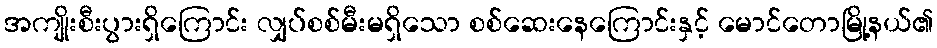
အကျိုးစီးပွားရှိကြောင်း လျှပ်စစ်မီးမရှိသော စစ်ဆေးနေကြောင်းနှင့် မောင်တောမြို့နယ်၏